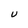
Character: u